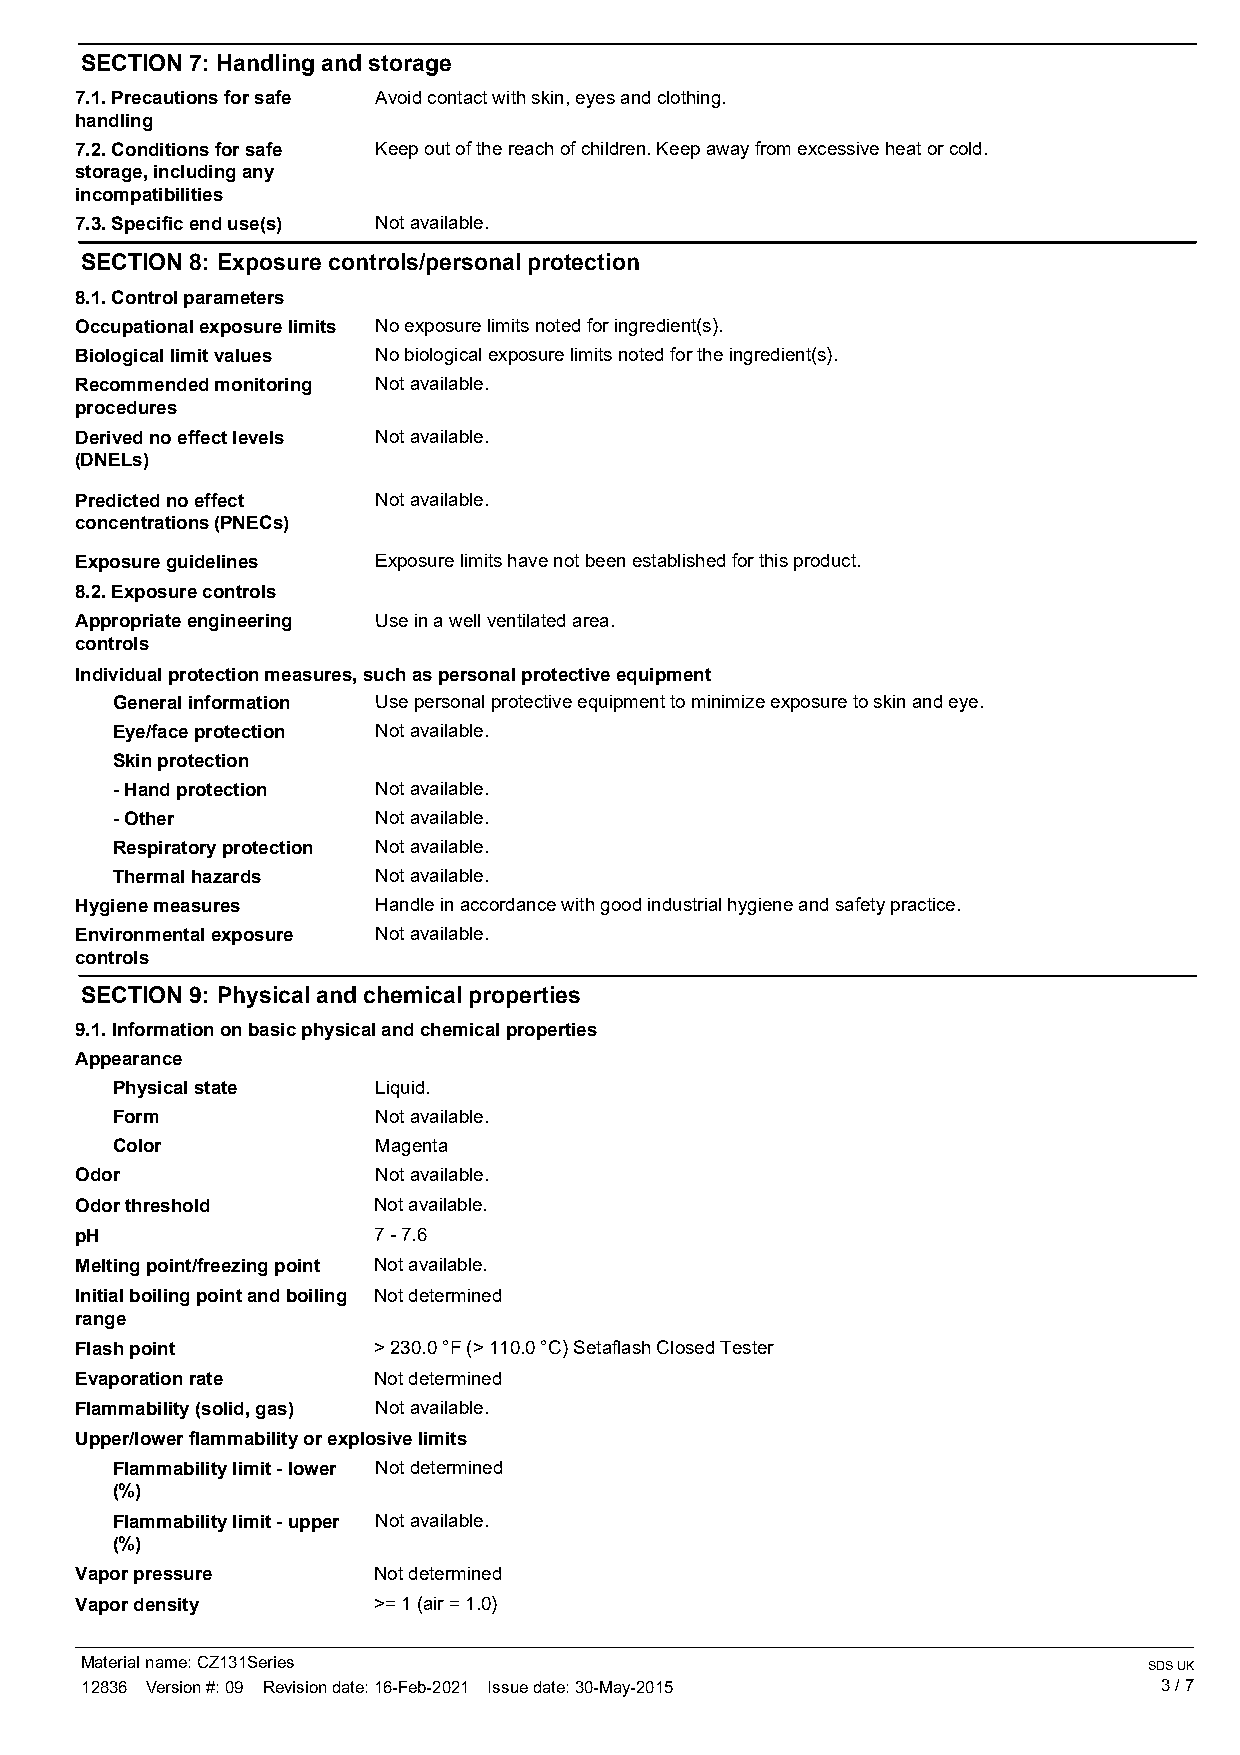
SECTION 7: Handling and storage
 7.1. Precautions for safe Avoid contact with skin, eyes and clothing.
 handling
 7.2. Conditions for safe Keep out of the reach of children. Keep away from excessive heat or cold.
 storage, including any
 incompatibilities
 7.3. Specific end use(s) Not available.
 SECTION 8: Exposure controls/personal protection
 8.1. Control parameters
 Occupational exposure limits No exposure limits noted for ingredient(s).
 Biological limit values No biological exposure limits noted for the ingredient(s).
 Recommended monitoring Not available.
 procedures
 Derived no effect levels Not available.
 (DNELs)
 Predicted no effect Not available.
 concentrations (PNECs)
 Exposure guidelines Exposure limits have not been established for this product.
 8.2. Exposure controls
 Appropriate engineering Use in a well ventilated area.
 controls
 Individual protection measures, such as personal protective equipment
 General information Use personal protective equipment to minimize exposure to skin and eye.
 Eye/face protection Not available.
 Skin protection
 - Hand protection Not available.
 - Other           Not available.
 Respiratory protection Not available.
 Thermal hazards   Not available.
 Hygiene measures    Handle in accordance with good industrial hygiene and safety practice.
 Environmental exposure Not available.
 controls
 SECTION 9: Physical and chemical properties
 9.1. Information on basic physical and chemical properties
 Appearance
 Physical state    Liquid.
 Form              Not available.
 Color             Magenta
 Odor                Not available.
 Odor threshold      Not available.
 pH                  7 - 7.6
 Melting point/freezing point Not available.
 Initial boiling point and boiling Not determined
 range
 Flash point         > 230.0 °F (> 110.0 °C) Setaflash Closed Tester
 Evaporation rate    Not determined
 Flammability (solid, gas) Not available.
 Upper/lower flammability or explosive limits
 Flammability limit - lower Not determined
 (%)
 Flammability limit - upper Not available.
 (%)
 Vapor pressure      Not determined
 Vapor density       >= 1 (air = 1.0)
 Material name: CZ131Series                                             SDS UK
 12836 Version #: 09 Revision date: 16-Feb-2021 Issue date: 30-May-2015  3 / 7